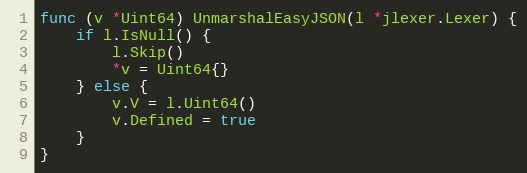
Language: Go
func (v *Uint64) UnmarshalEasyJSON(l *jlexer.Lexer) {
	if l.IsNull() {
		l.Skip()
		*v = Uint64{}
	} else {
		v.V = l.Uint64()
		v.Defined = true
	}
}